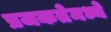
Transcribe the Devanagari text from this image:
प्रजकतेमध्ये